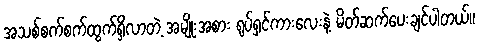
အသစ်စက်စက်ထွက်ရှိလာတဲ့ အမျိုးအစား ရုပ်ရှင်ကားလေးနဲ့ မိတ်ဆက်ပေးချင်ပါတယ်။